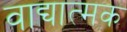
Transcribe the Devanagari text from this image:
वाद्यात्मक